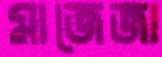
মাজেজা